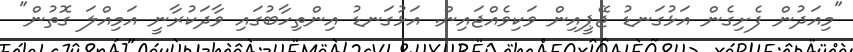
"މިއަދުން ފެށިގެން އަޅުގަނޑު ޖޭޕީއިން ވަކިވެއްޖައިން. އަޅުގަނޑު އިންތިހާބުގައި ވާދަކުރާނީ އަމިއްލަ ގޮތުން"